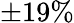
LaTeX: \pm 19\%